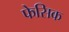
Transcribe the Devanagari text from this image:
फेसिक